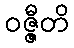
ဝဇ္ဇီတိ